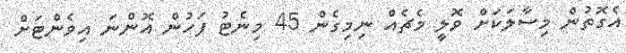
އެގޮތުން މިސާލަކަށް ވޮލީ މެޗެއް ނިމިގެން 45 މިނެޓު ފަހުން އޮންނަ އިވެންޓަށް